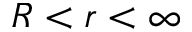
R < r < \infty